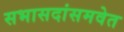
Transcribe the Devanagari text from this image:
सभासदांसमवेत